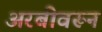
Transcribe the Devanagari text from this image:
अरबीवरून